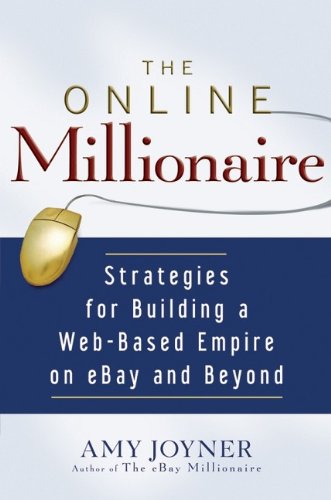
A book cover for The Online Millionaire: Strategies for Building a Web-Based Empire on eBay and Beyond; Amy Joyner; Computers & Technology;